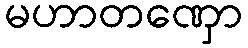
မဟာတဏှော